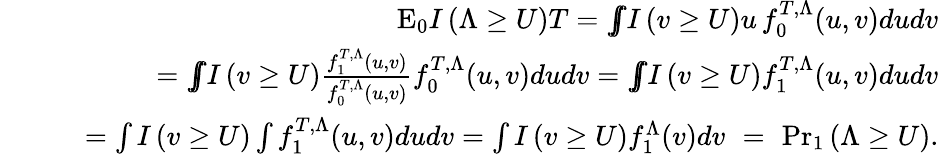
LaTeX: \begin{array}{rlr}&{}&{\mathrm{E}_{0}I\left(\Lambda\ge U\right)T={\int\! \! \! \! \int}I\left(v\ge U\right)u\, f_{0}^{T,\Lambda}(u,v)dudv}\\ &{}&{\quad={\int\! \! \! \! \int}I\left(v\ge U\right)\frac{f_{1}^{T,\Lambda}(u,v)}{f_{0}^{T,\Lambda}(u,v)}f_{0}^{T,\Lambda}(u,v)dudv={\int\! \! \! \! \int}I\left(v\ge U\right)f_{1}^{T,\Lambda}(u,v)dudv}\\ &{}&{\quad=\int I\left(v\ge U\right)\int f_{1}^{T,\Lambda}(u,v)dudv=\int I\left(v\ge U\right)f_{1}^{\Lambda}(v)dv\, \, =\, \, {\operatorname*{Pr}}_{1}\left(\Lambda\ge U\right).}\end{array}